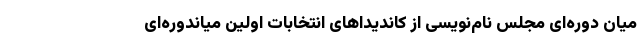
میان دوره‌ای مجلس نام‌نویسی از کاندیداهای انتخابات اولین میاندوره‌ای